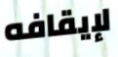
لإيقافه